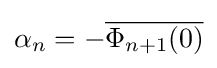
\alpha _{n}=-{\overline {\Phi _{n+1}(0)}}